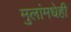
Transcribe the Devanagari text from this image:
मुलांमधेही